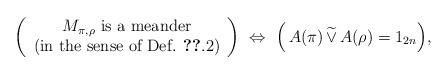
LaTeX: \begin{align*} \left( \begin{array}{c}M_{\pi , \rho} \mbox{ is a meander} \\\mbox{(in the sense of Def. \ref{def:31}.2)}\end{array} \right) \ \Leftrightarrow \ \Bigl( \, A ( \pi ) \, \widetilde{\vee} \, A( \rho ) = 1_{2n}\Bigr),\end{align*}